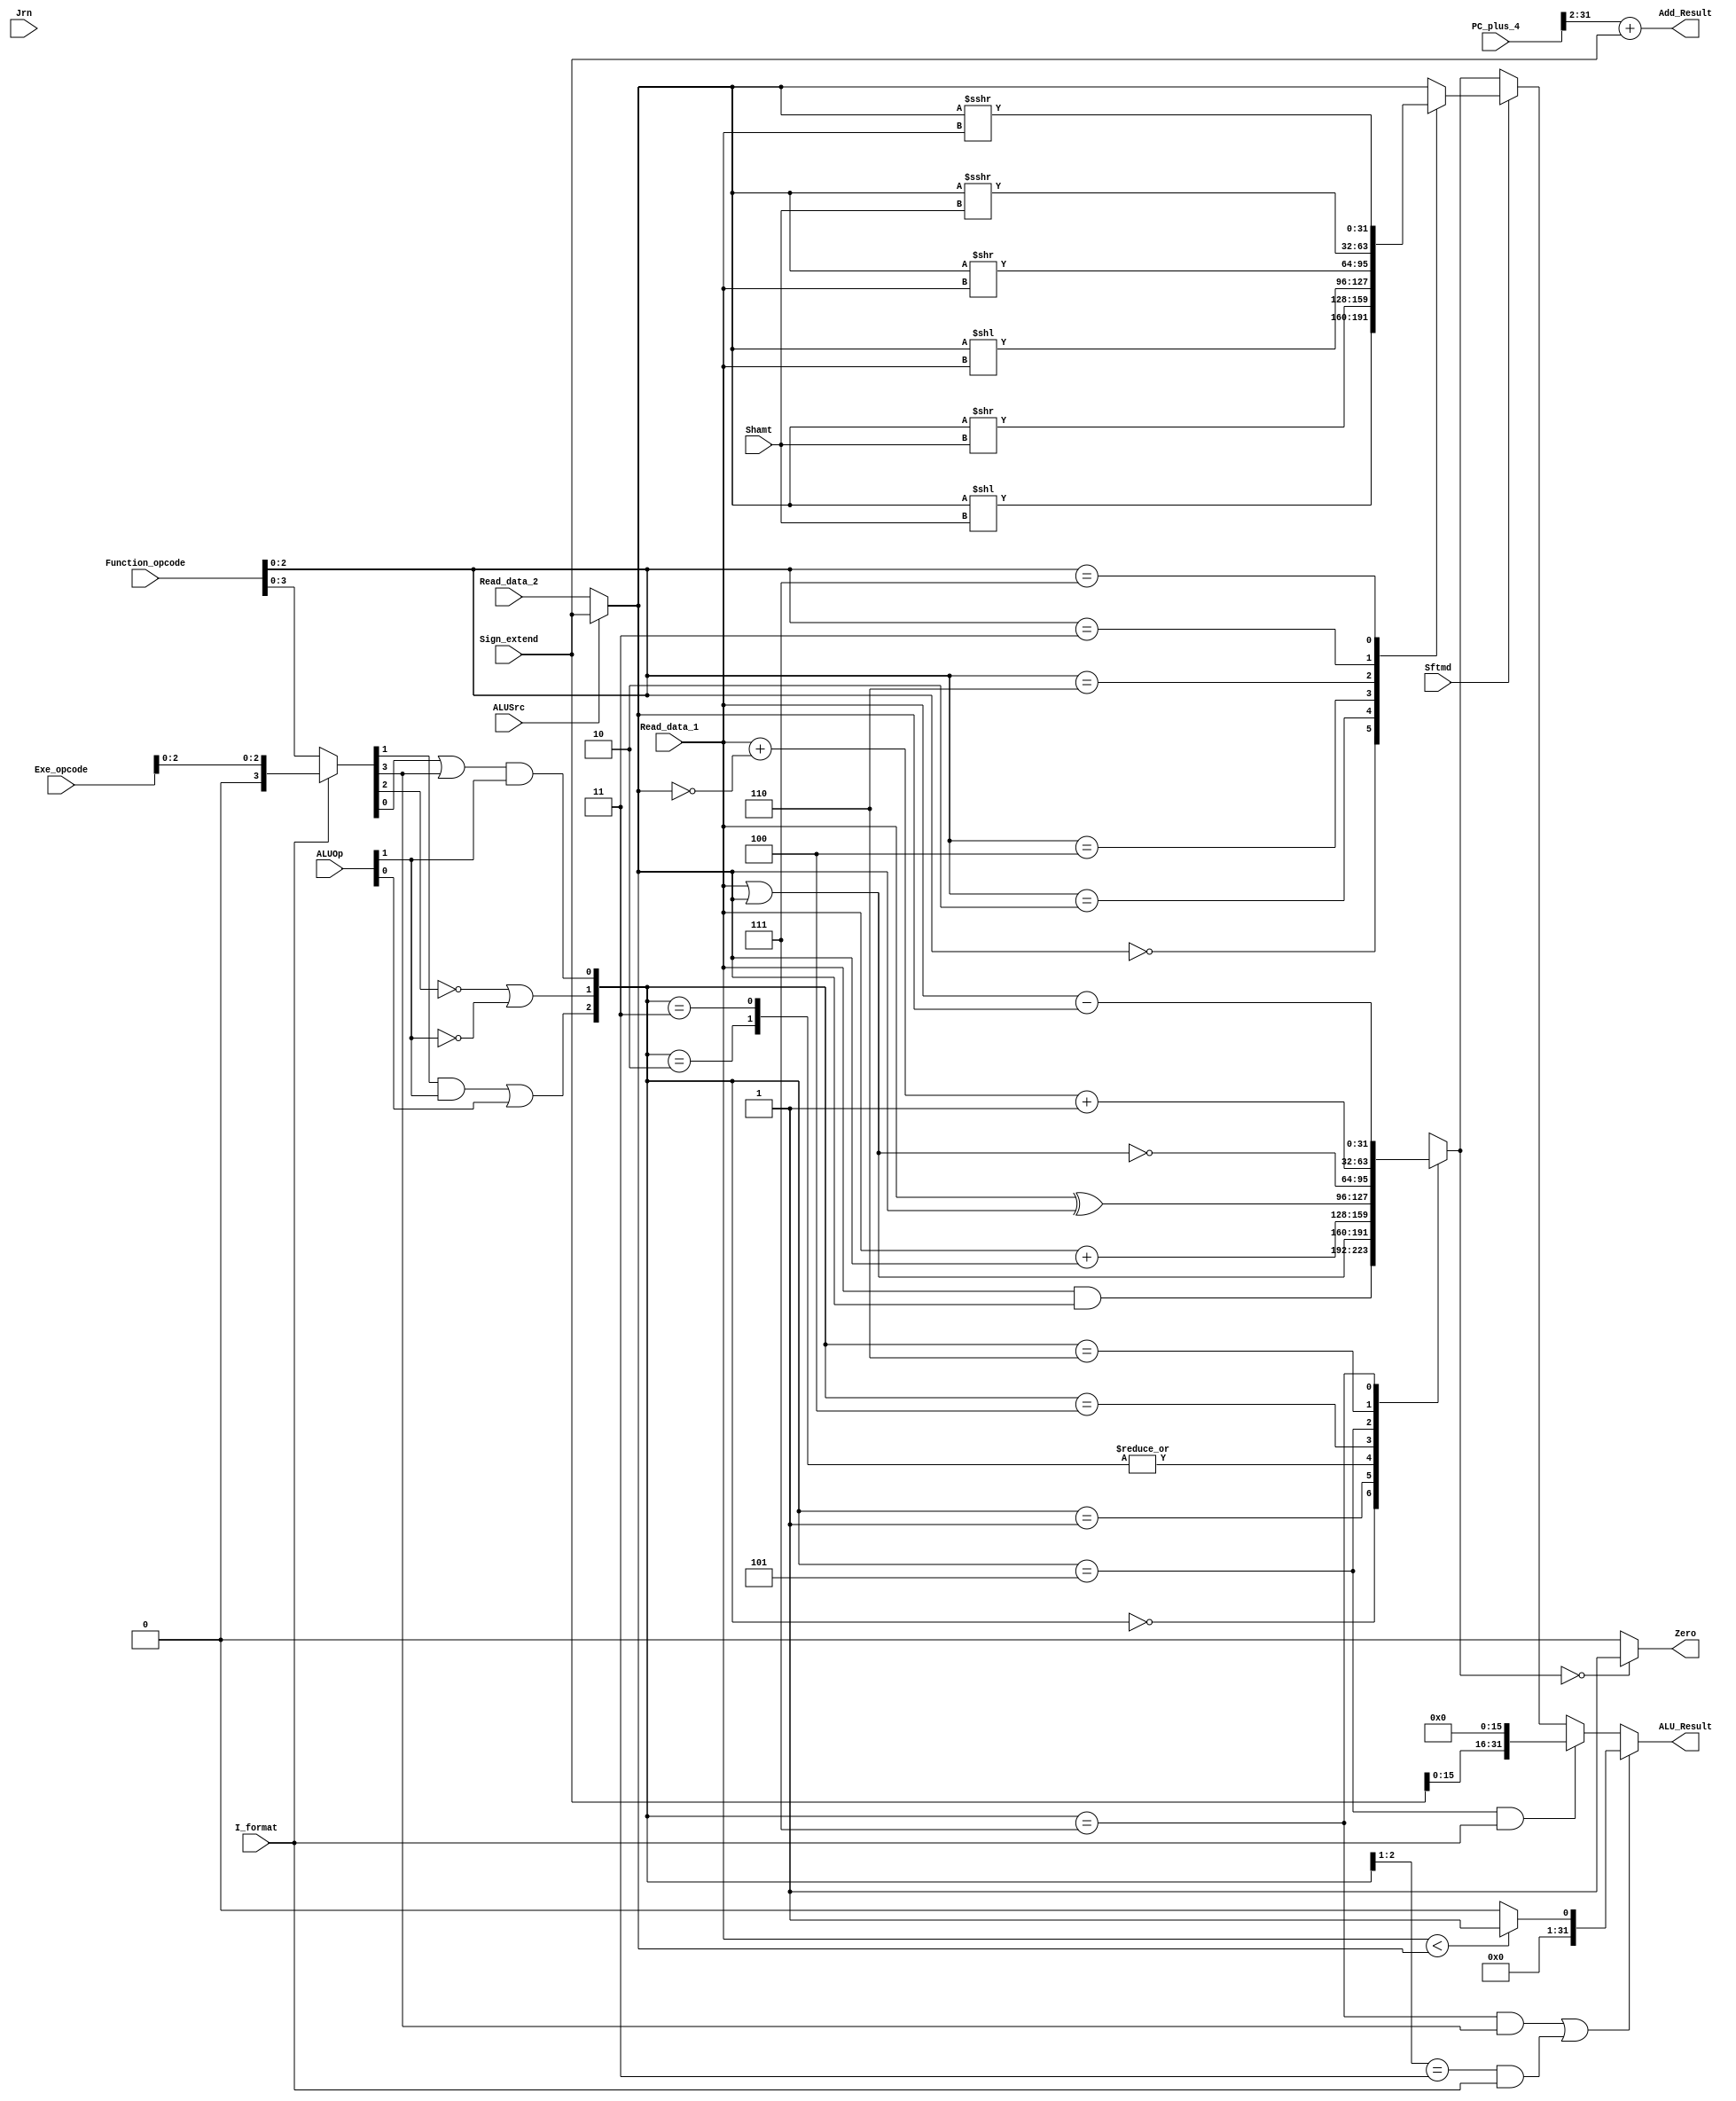
`timescale 1ns / 1ps
//////////////////////////////////////////////////////////////////////////////////
module Executs32(Read_data_1,Read_data_2,Sign_extend,Function_opcode,Exe_opcode,ALUOp,
                 Shamt,ALUSrc,I_format,Zero,Jrn,Sftmd,ALU_Result,Add_Result,PC_plus_4);
    input[31:0] Read_data_1; // from decoder
    input[31:0] Read_data_2; // from decoder
    input[31:0] Sign_extend; // from decoder
    input[5:0] Function_opcode; // from ifetch, instructions[5:0]
    input[5:0] Exe_opcode; // from ifetch, instruction[31:26]
    // from controller { (R_format || I_format) , (Branch || nBranch) }
    input[1:0] ALUOp;
    input[4:0] Shamt; // from ifetch, instruction[10:6]
    input Sftmd; // from ifetch, 1 means this is a shift instruction
    // from controller, 1 means the 2nd operand is an immedite (except beqbne
    input ALUSrc;
    // from controller1 means I-Type instruction except beq, bne, LW, SW
    input I_format;
    input Jrn; // from controller, 1 means this is a jr instruction
    output Zero; // 1 means the ALUreslut is zero
    output[31:0] ALU_Result; // the ALU calculation result
    output[31:0] Add_Result; // the calculated address
    input[31:0] PC_plus_4; // from ifetch module
    reg[31:0] ALU_Result;
    reg[31:0] ALU_output_mux; // the result of arithmetic or logic calculation
    wire[31:0] Ainput,Binput; // two operands
    reg[31:0] Sinput; // the result of shift operation
    wire[32:0] Branch_Add;
    wire[2:0] ALU_ctl;
    wire[5:0] Exe_code;
    wire[2:0] Sftm;
    wire Sftmd;
    
    assign Sftm = Function_opcode[2:0];   // (
    assign Exe_code = (I_format==0) ? Function_opcode : {3'b000,Exe_opcode[2:0]};
    assign Ainput = Read_data_1;
    assign Binput = (ALUSrc == 0) ? Read_data_2 : Sign_extend[31:0]; 
    assign ALU_ctl[0] = (Exe_code[0] | Exe_code[3]) & ALUOp[1];    
    assign ALU_ctl[1] = ((!Exe_code[2]) | (!ALUOp[1]));
    assign ALU_ctl[2] = (Exe_code[1] & ALUOp[1]) | ALUOp[0];
    always @(ALU_ctl or Ainput or Binput) begin
        case(ALU_ctl)
            3'b000:ALU_output_mux = Ainput & Binput;
            3'b001:ALU_output_mux = Ainput | Binput;
            3'b010:ALU_output_mux = Ainput + Binput;
            3'b011:ALU_output_mux = Ainput + Binput;
            3'b100:ALU_output_mux = Ainput ^ Binput;
            3'b101:ALU_output_mux = ~(Ainput | Binput);
            3'b110:ALU_output_mux = Ainput + ~Binput + 1;
            3'b111:ALU_output_mux = Ainput - Binput;
            default:ALU_output_mux = 32'h00000000;
        endcase
    end 
    always @* begin
        if(((ALU_ctl==3'b111) && (Exe_code[3]==1))||((ALU_ctl[2:1]==2'b11) && (I_format==1))) //slti(sub)  SLT
            ALU_Result = (Ainput < Binput) ? 31'd1 : 31'd0;
        else if((ALU_ctl==3'b101) && (I_format==1)) ALU_Result[31:0] = Sign_extend << 16;   //lui data
        else if(Sftmd==1) ALU_Result = Sinput;   //  
        else  ALU_Result = ALU_output_mux[31:0];   //otherwise
    end
    always @* begin //
       if(Sftmd)
        case(Sftm[2:0])
            3'b000:Sinput = Binput << Shamt;			   //Sll rd,rt,shamt  00000
            3'b010:Sinput = Binput >> Shamt; 		       //Srl rd,rt,shamt  00010
            3'b100:Sinput = Binput << Ainput;              //Sllv rd,rt,rs 000100
            3'b110:Sinput = Binput >> Ainput;              //Srlv rd,rt,rs 000110
            3'b011:Sinput = $signed(Binput)>>>Shamt;         		//Sra rd,rt,shamt 00011
            3'b111:Sinput = $signed(Binput)>>>Ainput;		        //Srav rd,rt,rs 00111
            default:Sinput = Binput;
        endcase
       else Sinput = Binput;
    end
    assign Branch_Add = {3'b0,PC_plus_4[31:2]} + {1'b0,Sign_extend[31:0]};
    assign Add_Result = Branch_Add[31:0];   //PC416
    assign Zero = (ALU_output_mux[31:0]== 32'h00000000) ? 1'b1 : 1'b0;
endmodule